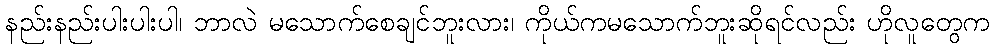
နည်းနည်းပါးပါးပါ၊ ဘာလဲ မသောက်စေချင်ဘူးလား၊ ကိုယ်ကမသောက်ဘူးဆိုရင်လည်း ဟိုလူတွေက